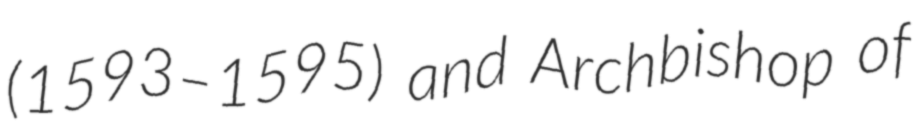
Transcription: (1593–1595) and Archbishop of